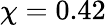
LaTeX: \chi=0.42